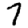
Digit: 7